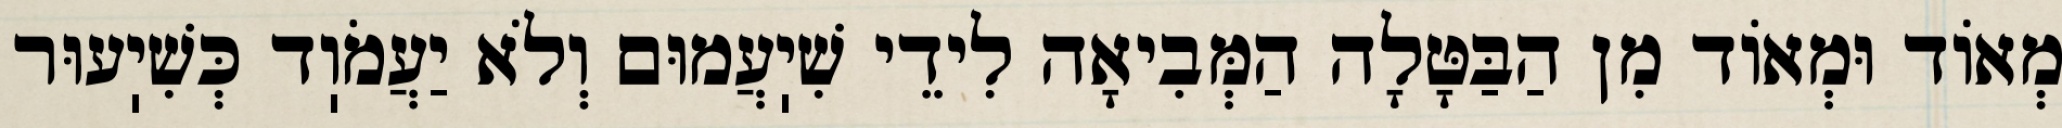
מְאוֹד וּמְאוֹד מִן הַבַּטָּלָה הַמְּבִיאָה לִידֵי שִׁיֽעֲמוּם וְלֹא יַעֲמֹוֽד כְּשִׁיֽעוּר